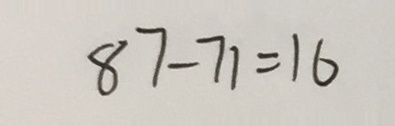
8 7 - 7 1 = 1 6